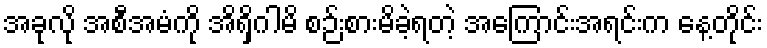
အခုလို အစီအမံကို အိရှိဂါမိ စဉ်းစားမိခဲ့ရတဲ့ အကြောင်းအရင်းက နေ့တိုင်း